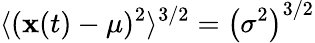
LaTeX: \langle(\mathbf{x}(t)-\mu)^{2}\rangle^{3/2}=\left(\sigma^{2}\right)^{3/2}